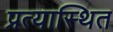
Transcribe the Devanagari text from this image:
प्रत्यास्थित